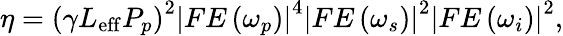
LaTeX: \eta=\left(\gamma L_{\mathrm{eff}}P_{p}\right)^{2}\left|FE\left(\omega_{p}\right)\right|^{4}\left|FE\left(\omega_{s}\right)\right|^{2}\left|FE\left(\omega_{i}\right)\right|^{2},